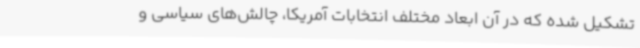
تشکیل شده که در آن ابعاد مختلف انتخابات آمریکا، چالش‌های سیاسی و